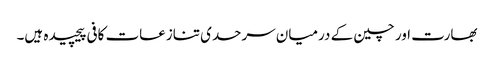
بھارت اور چین کے درمیان سرحدی تنازعات کافی پیچیدہ ہیں۔